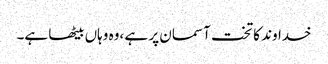
خداوند کا تخت آسمان پر ہے ،وہ وہاں بیٹھا ہے۔